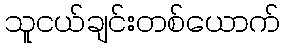
သူငယ်ချင်းတစ်ယောက်